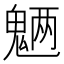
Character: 魉